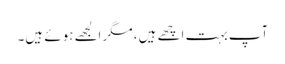
آپ بہت اچھے ہیں، مگر الجھے ہوئے ہیں۔